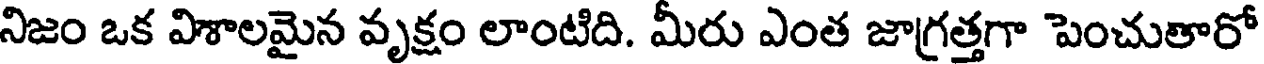
నిజం ఒక విశాలమైన వృక్షం లాంటిది. మీరు ఎంత జాగ్రత్తగా పెంచుతారో